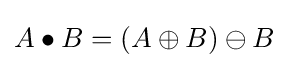
A\bullet B=(A\oplus B)\ominus B